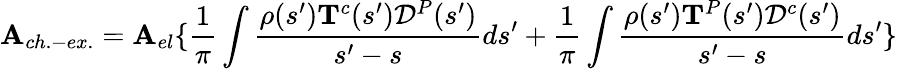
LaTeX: {\mathbf A}_{ch.-ex.}={\mathbf A}_{el}\{ {\frac 1\pi}\int{\frac{{\mathbf\rho}(s^{\prime}){\mathbf T}^{c}(s^{\prime}){\mathbf{\cal D}}^{P}(s^{\prime})}{s^{\prime}-s}}ds^{\prime}+{\frac 1\pi}\int{\frac{{\mathbf\rho}(s^{\prime}){\mathbf T}^{P}(s^{\prime}){\mathbf{\cal D}}^{c}(s^{\prime})}{s^{\prime}-s}}ds^{\prime}\} \,